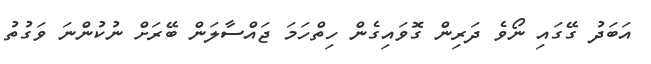
އަބަދު ގޭގައި ނޯވެ ދަރިން ގޮވައިގެން ހިތްހަމަ ޖައްސާލަން ބޭރަށް ނުކުންނަ ވަގުތު